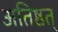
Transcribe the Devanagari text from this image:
अतिष्ठत्